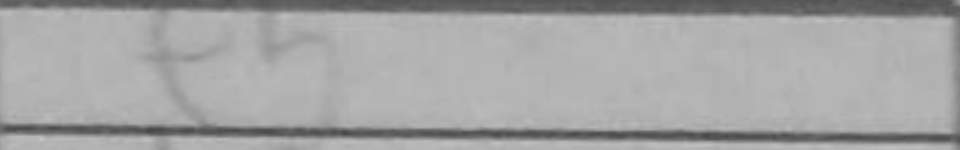
Transcription: e5